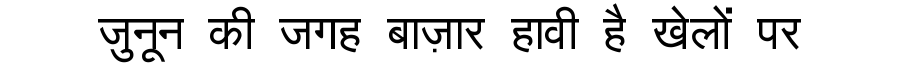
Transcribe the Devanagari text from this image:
जुनून की जगह बाज़ार हावी है खेलों पर